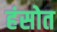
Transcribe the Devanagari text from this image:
हंसोत